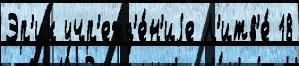
Эр'ик учр'ежд'е́н'иjе Л'итв'е́ 18